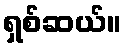
ရှစ်ဆယ်။